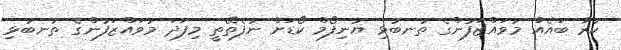
ކުރާ ބައެއް މުވަައްޒަފުންގެ ތުނބުޅި ޔުނިފޯމް ކޯޑަށް ނުފެތޭތީ މިފަދަ މުވައްޒަފުންގެ ތުނބުޅި